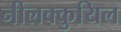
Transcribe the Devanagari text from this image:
नीलक्कुयिल